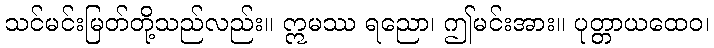
သင်မင်းမြတ်တို့သည်လည်း။ ဣမဿ ရညော၊ ဤမင်းအား။ ပုတ္တာယထေဝ၊